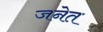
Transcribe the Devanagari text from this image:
जनेत